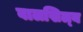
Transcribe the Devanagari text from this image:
वालखिल्‍य